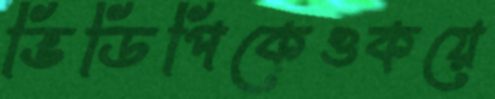
ভিডিপিকেওকয়ে